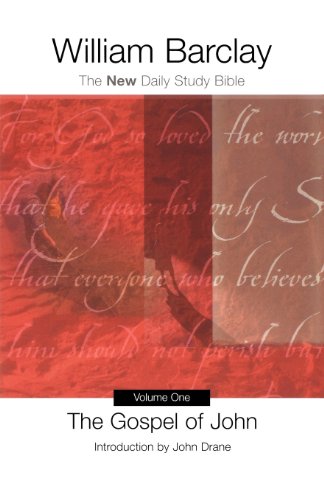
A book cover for The Gospel of John: The New Daily Study Bible (Volume 1); William Barclay; Christian Books & Bibles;